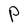
Character: P